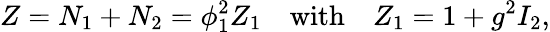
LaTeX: Z=N_{1}+N_{2}=\phi_{1}^{2}Z_{1}\quad\mathrm{with}\quad Z_{1}=1+g^{2}I_{2},